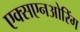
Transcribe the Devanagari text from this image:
एक्सएनओरिंग